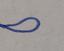
Signature authenticity: forged